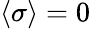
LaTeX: \langle\sigma\rangle=0